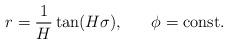
LaTeX: \begin{align*}r=\frac{1}{H}\tan(H\sigma),\;\;\;\;\;\;\phi=\mbox{const.}\end{align*}